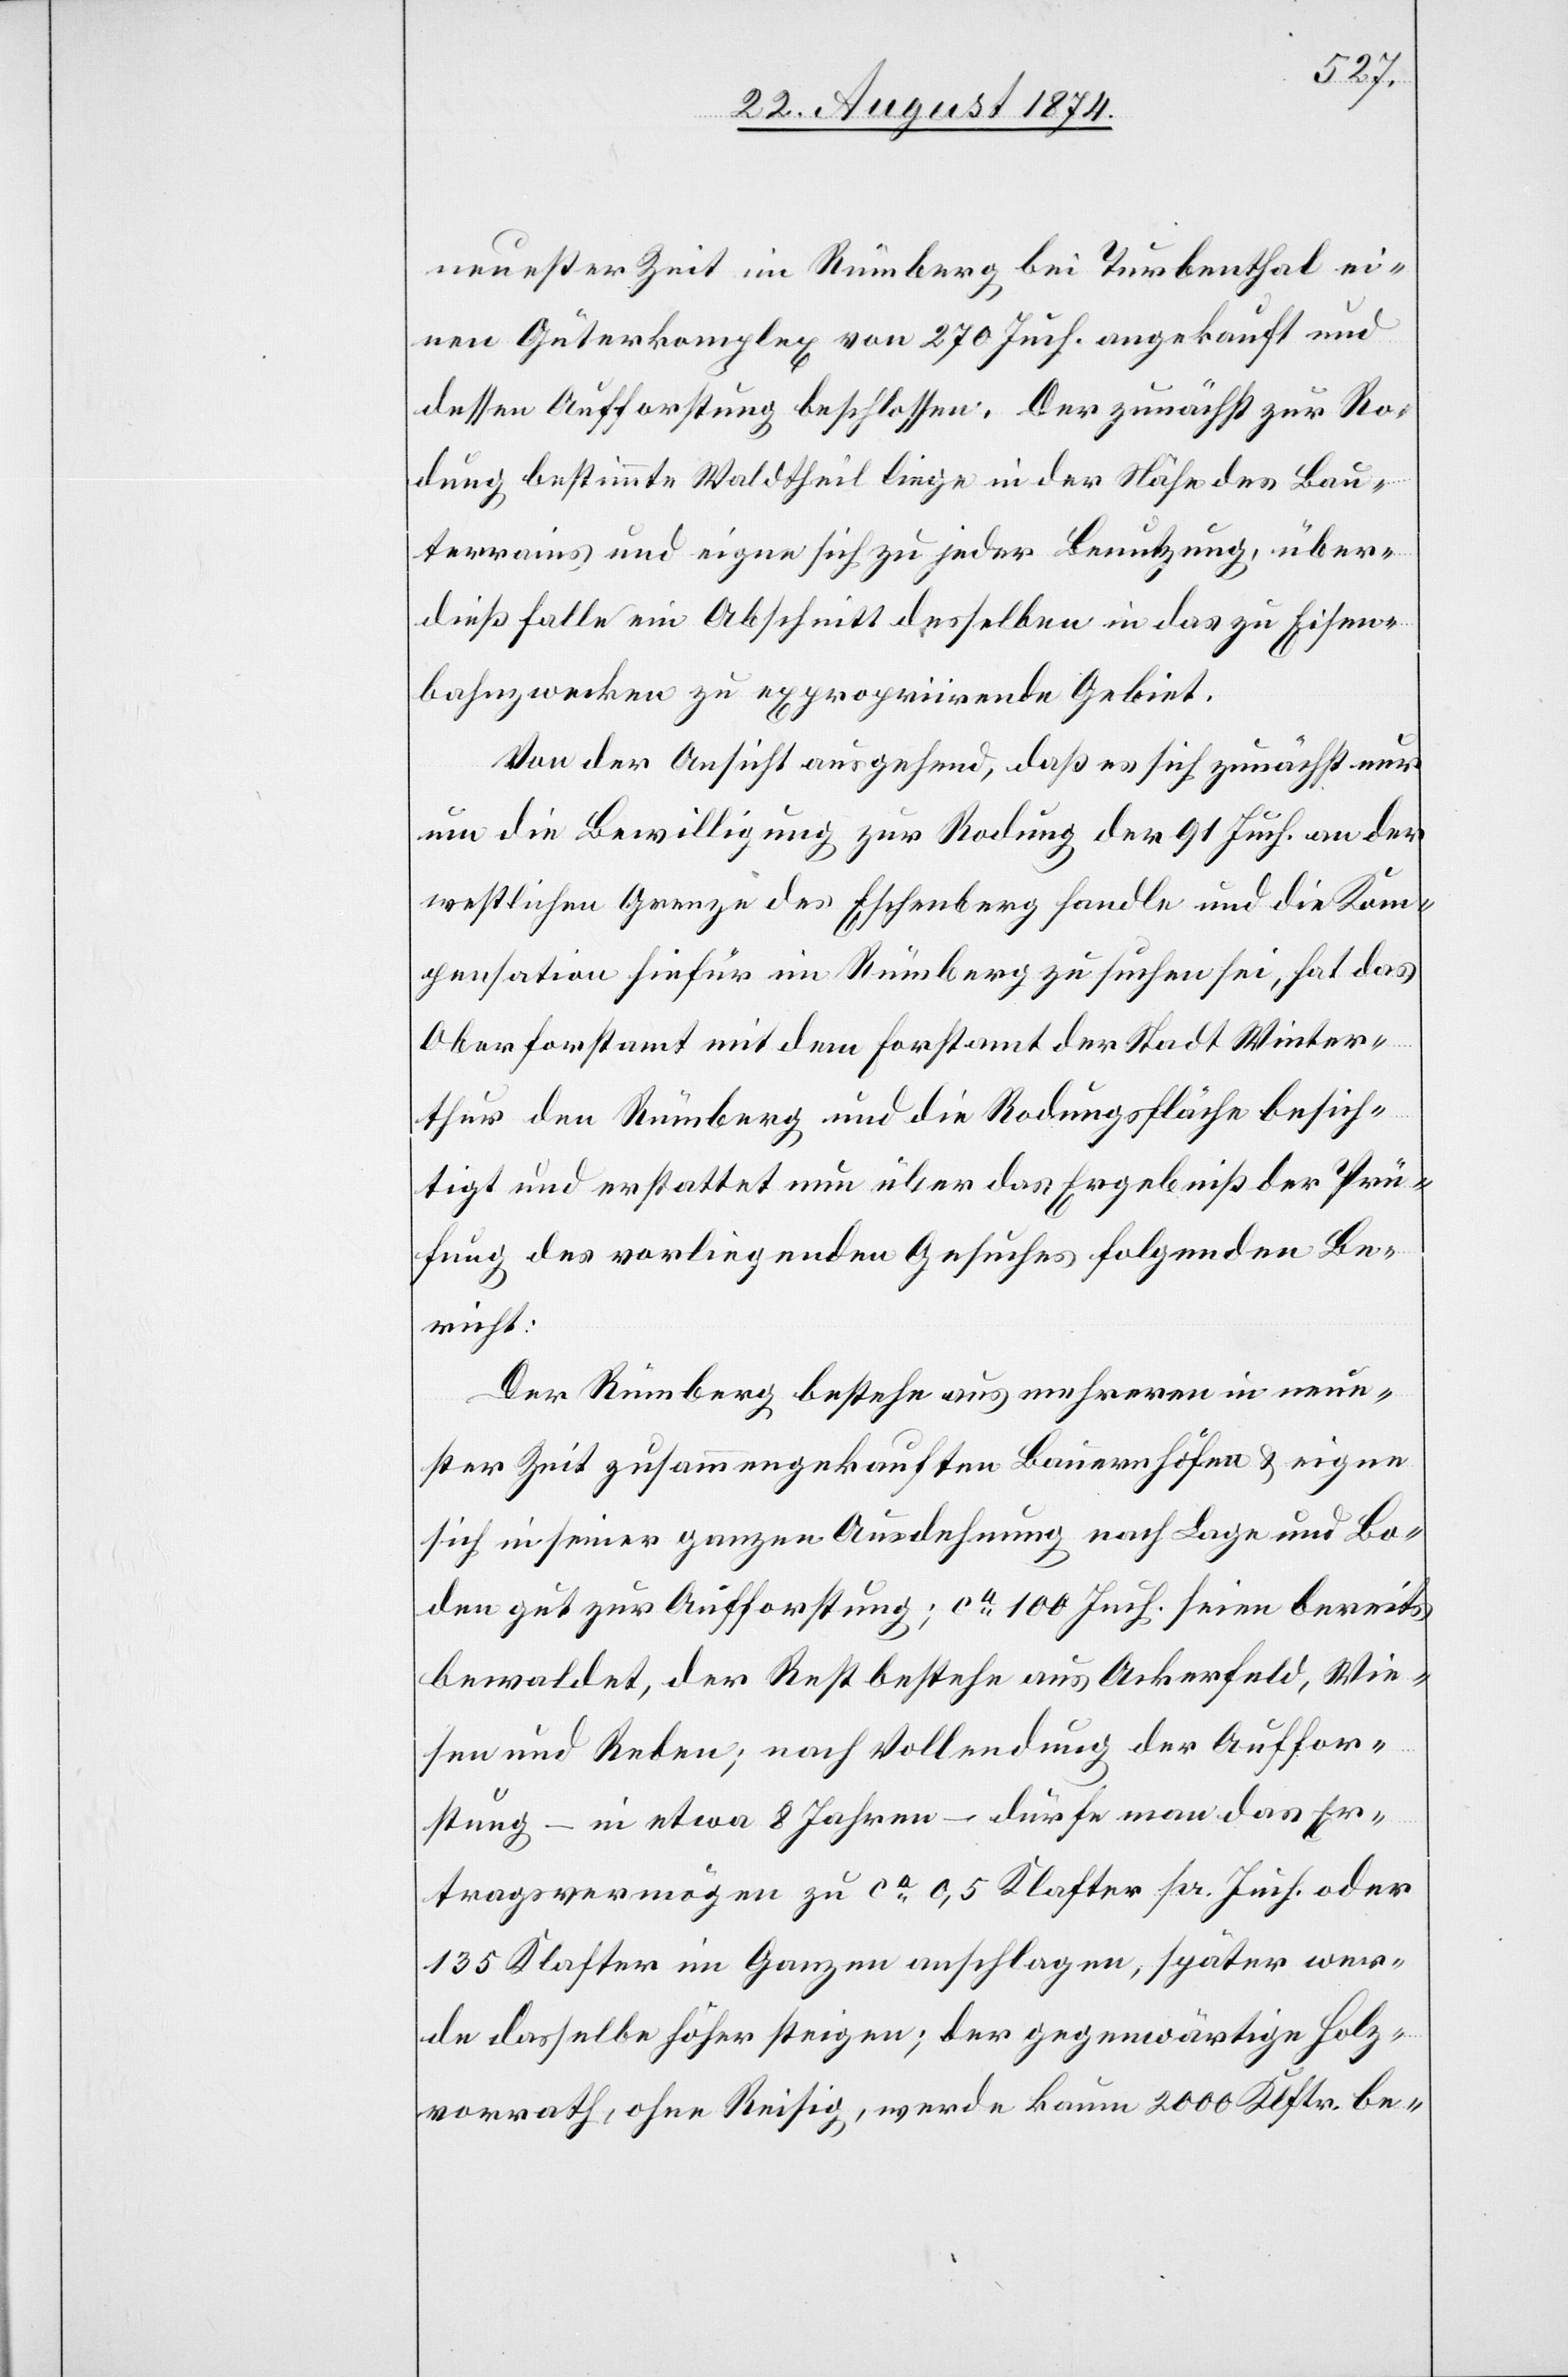
neuester Zeit im Rümberg bei Turbenthal ei¬
nen Güterkomplex von 270 Juch. angekauft und
dessen Aufforstung beschlossen. Der zunächst zur Ro¬
dung bestimmte Waldtheil liege in der Nähe des Bau¬
terrains und eigne sich zu jeder Benutzung, über¬
dieß falle ein Abschnitt desselben in das zu Eisen¬
bahnzwecken zu expropriirende Gebiet.
Von der Ansicht ausgehend, daß es sich zunächst nur
um die Bewilligung zur Rodung der 91 Juch. an der
westlichen Grenze des Eschenberg handle und die Kom¬
pensation hiefür im Rümberg zu suchen sei, hat das
Oberforstamt mit dem Forstamt der Stadt Winter¬
thur den Rümberg und die Rodungsfläche besich¬
tigt und erstattet nun über das Ergebniß der Prü¬
fung des vorliegenden Gesuches folgenden Be¬
richt:
Der Rümberg bestehe aus mehreren in neue¬
ster Zeit zusammengekauften Bauernhöfen u. eigne
sich in seiner ganzen Ausdehnung nach Lage und Bo¬
den gut zur Aufforstung; ca 100 Juch. seien bereits
bewaldet, der Rest bestehe aus Ackerfeld, Wie¬
sen und Reben; nach Vollendung der Auffor¬
stung – in etwa 8 Jahren – dürfe man das Er¬
tragsvermögen zu ca 05, Klafter pr. Juch. oder
135 Klafter im Ganzen anschlagen, später wer¬
de dasselbe höher steigen; der gegenwärtige Holz¬
vorrath ohne Reisig, werde kaum 2000 Klftr. be-